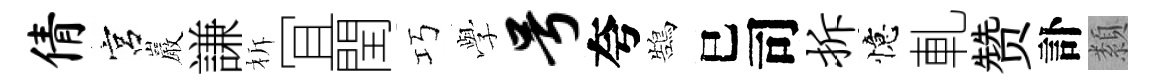
倩宮巖謙柝冝閏巧𫝯号夸鵠巳司拆憶軋赞訃纇